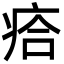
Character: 㾑